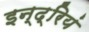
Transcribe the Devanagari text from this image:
इन्द्रियं